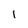
Character: 1